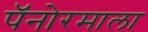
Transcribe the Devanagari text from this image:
पॅनोरमाला